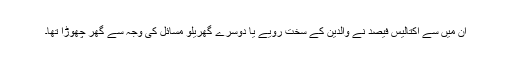
ان میں سے اکتالیس فیصد نے والدین کے سخت رویے یا دوسرے گھریلو مسائل کی وجہ سے گھر چھوڑا تھا۔